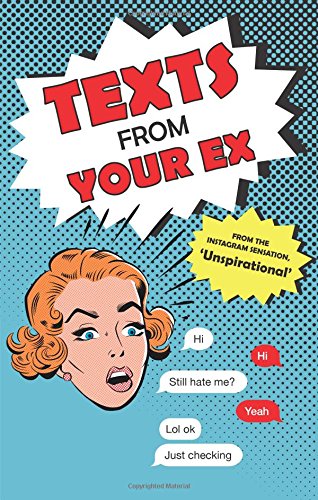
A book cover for Texts from Your Ex; Texts from Your Ex; Humor & Entertainment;